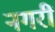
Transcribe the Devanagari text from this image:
नगरीं